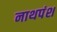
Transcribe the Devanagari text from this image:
नाथपंश